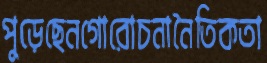
পুড়েছেনগোরোচনানৈতিকতা